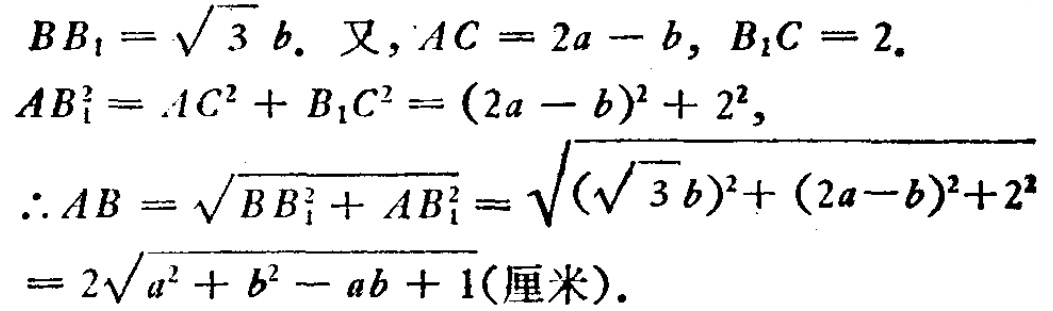
\[
\begin{align*}
BB_1&=\sqrt{3}b.\text{ 又, }AC = 2a - b, B_1C = 2.\\
AB_1^{2}&=AC^{2}+B_1C^{2}=(2a - b)^{2}+2^{2},\\
\therefore AB&=\sqrt{BB_1^{2}+AB_1^{2}}=\sqrt{(\sqrt{3}b)^{2}+(2a - b)^{2}+2^{2}}\\
&=2\sqrt{a^{2}+b^{2}-ab + 1}(\text{厘米}).
\end{align*}
\]